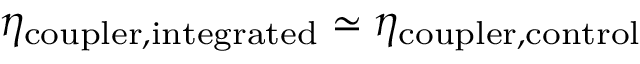
\eta _ { \mathrm { c o u p l e r , i n t e g r a t e d } } \simeq \eta _ { \mathrm { c o u p l e r , c o n t r o l } }